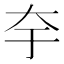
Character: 𭑃